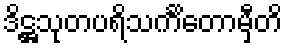
ဒိဋ္ဌသုတပရိသင်္ကိတောမှီတိ